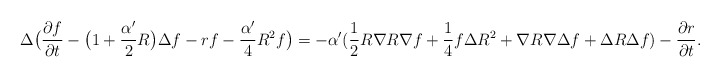
\begin{align*}\Delta\big(\frac{\partial f}{\partial t}-\big(1+\frac{\alpha'}{2}R\big)\Delta f-rf-\frac{\alpha'}{4}R^2f\big)=-\alpha'(\frac{1}{2}R\nabla R\nabla f+\frac{1}{4}f\Delta R^2+\nabla R\nabla\Delta f+\Delta R\Delta f)-\frac{\partial r}{\partial t}.\end{align*}